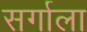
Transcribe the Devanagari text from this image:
सर्गाला